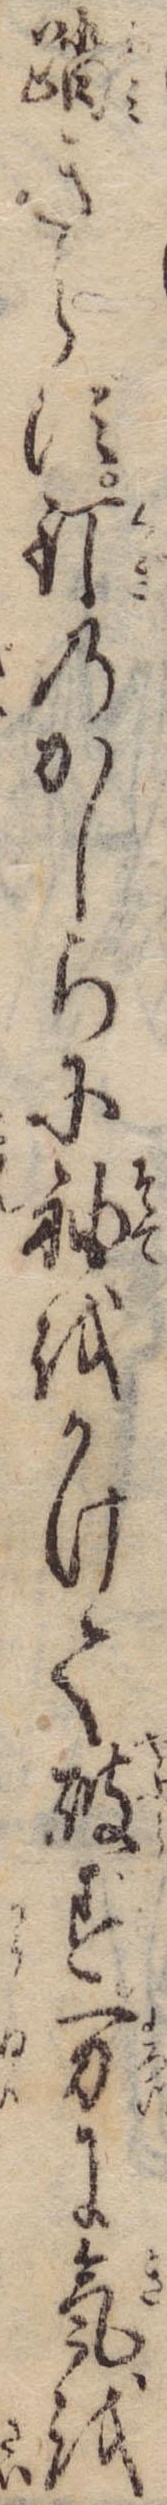
踏きらず釘のかしらに袖をかけて破ず万に気を